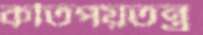
কতিপয়তন্ত্র